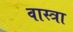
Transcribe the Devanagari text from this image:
वास्त्रा